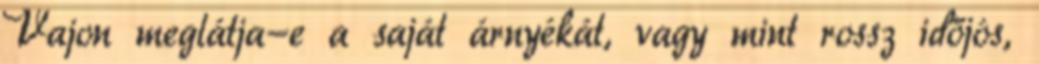
Vajon meglátja-e a saját árnyékát, vagy mint rossz időjós,